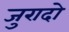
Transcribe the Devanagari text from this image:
जुरादो